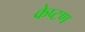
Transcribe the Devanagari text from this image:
केप्टण